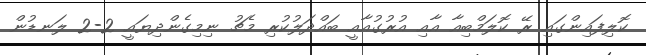
ކޮލިފައިންގައި ރޭ ކޮލަމްބިއާ އާއި އުރުގުއާއީ ބައްދަލުކުރި މެޗު ނިމިގެންދިޔައީ 2-2 ލަނޑުން